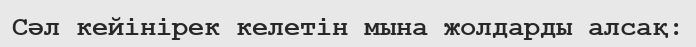
Сәл кейінірек келетін мына жолдарды алсақ: